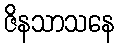
ဇိနသာသနေ